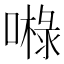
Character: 𱔘